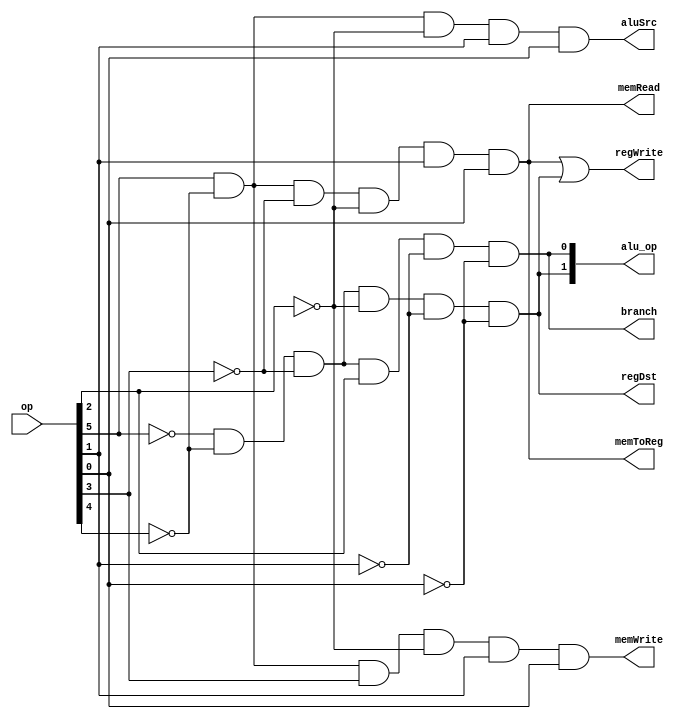
module control (
    input [5:0] op,
    output [1:0] alu_op,
    output regDst, aluSrc, memToReg, regWrite,
    output memRead, memWrite, branch
  );

wire int0, op0_bar, op1_bar, op2_bar, op3_bar, op4_bar, op5_bar;

not (op0_bar, op[0]);
not (op1_bar, op[1]);
not (op2_bar, op[2]);
not (op3_bar, op[3]);
not (op4_bar, op[4]);
not (op5_bar, op[5]);

and (alu_op[0], op5_bar, op4_bar, op3_bar, op[2]  , op1_bar, op0_bar); 
and (alu_op[1], op5_bar, op4_bar, op3_bar, op2_bar, op1_bar, op0_bar); 
and (regDst   , op5_bar, op4_bar, op3_bar, op2_bar, op1_bar, op0_bar); 
and (memToReg , op[5]  , op4_bar, op3_bar, op2_bar, op[1]  , op[0]  );
and (memRead  , op[5]  , op4_bar, op3_bar, op2_bar, op[1]  , op[0]  ); 
and (memWrite , op[5]  , op4_bar, op[3]  , op2_bar, op[1]  , op[0]  ); 
and (branch   , op5_bar, op4_bar, op3_bar, op[2]  , op1_bar, op0_bar); 
and (int0     , op[5]  , op4_bar, op3_bar, op2_bar, op[1]  , op[0]  );
and (aluSrc   , op[5]  , op4_bar, op2_bar, op[1]  , op[0] ); 
or  (regWrite , int0   , alu_op[1]);

endmodule